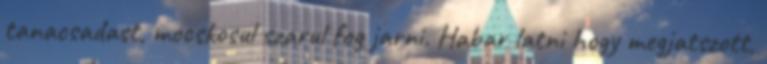
tanacsadast, mocskosul szarul fog jarni. Habar latni hogy megjatszott,